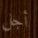
أجل